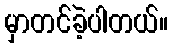
မှာတင်ခဲ့ပါတယ်။